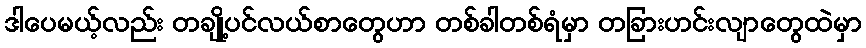
ဒါပေမယ့်လည်း တချို့ပင်လယ်စာတွေဟာ တစ်ခါတစ်ရံမှာ တခြားဟင်းလျာတွေထဲမှာ